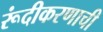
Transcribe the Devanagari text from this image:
रूंदीकरणाची